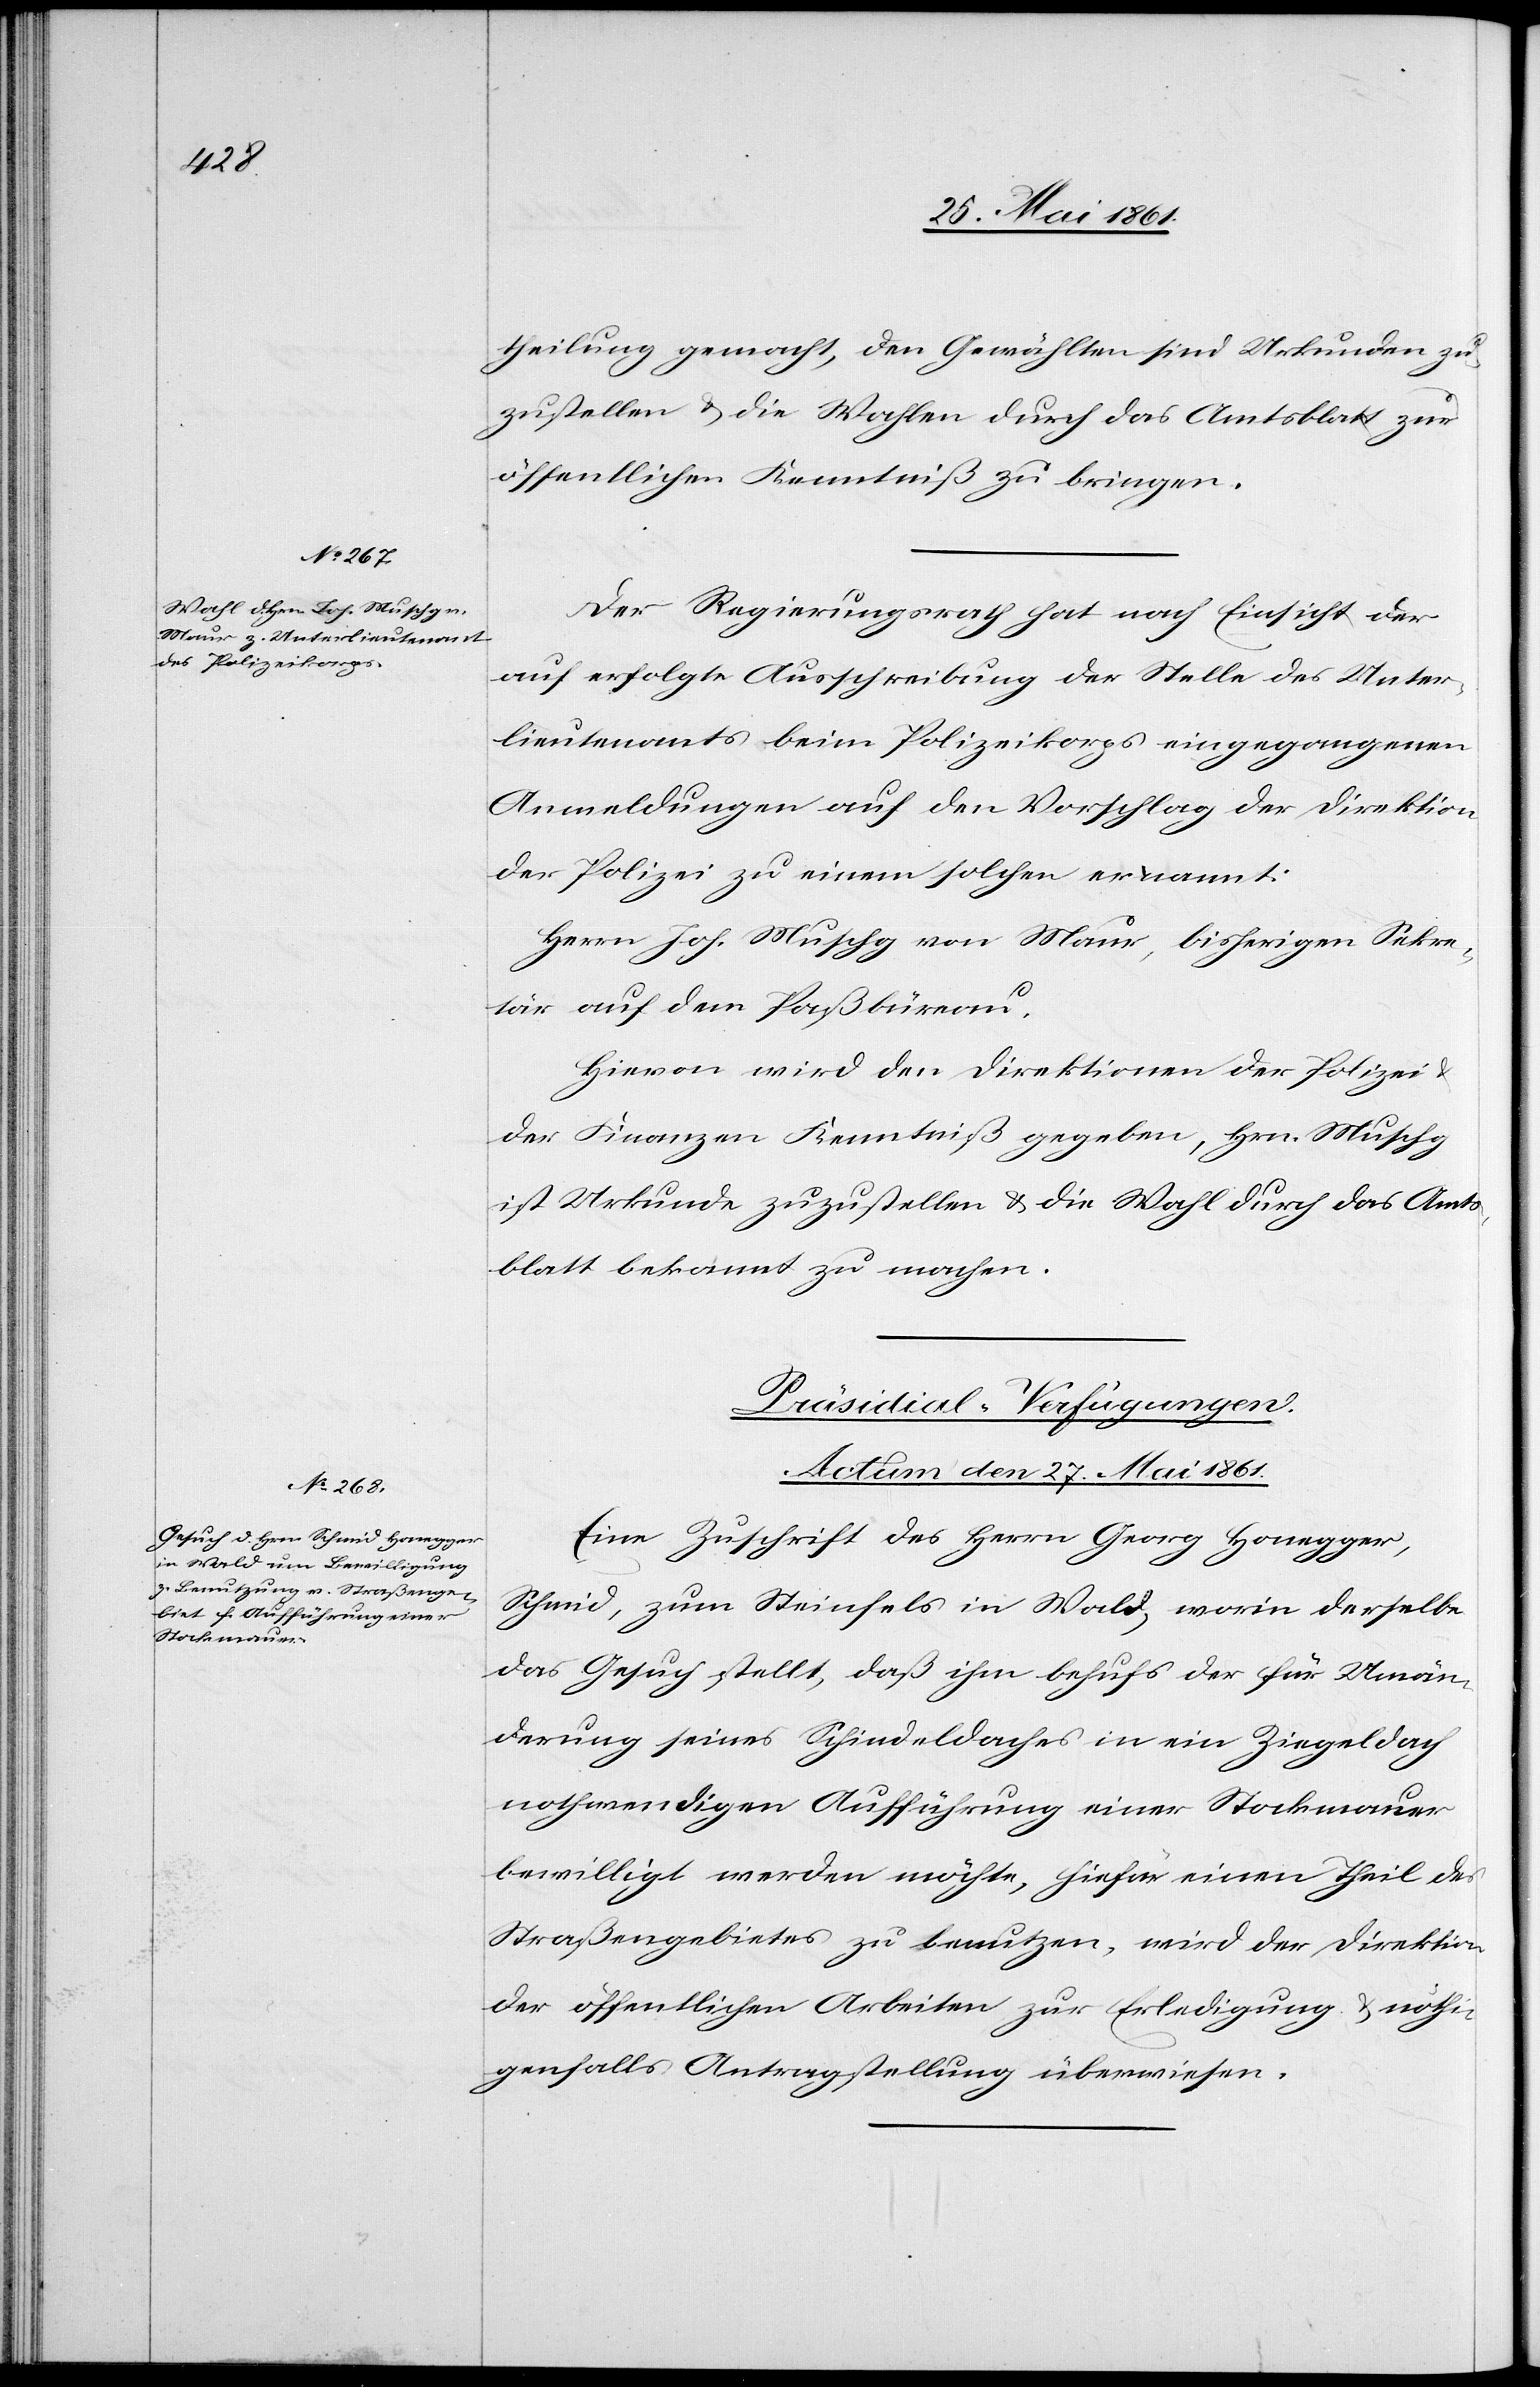
theilung gemacht, den Gewählten sind Urkunden zu¬
zustellen u. die Wahlen durch das Amtsblatt zur
öffentlichen Kenntniß zu bringen.
Der Regierungsrath hat nach Einsicht der
auf erfolgte Ausschreibung der Stelle des Unter¬
lieutenants beim Polizeikorps eingegangenen
Anmeldungen auf den Vorschlag der Direktion
der Polizei zu einem solchen ernannt:
Herrn Joh. Muschg von Maur, bisherigen Sekre¬
tär auf dem Paßbüreau.
Hievon wird den Direktionen der Polizei u.
der Finanzen Kenntniß gegeben, Hrn. Muschg
ist Urkunde zuzustellen u. die Wahl durch das Amts¬
blatt bekannt zu machen.
Präsidial-Verfügungen.
Actum den 27. Mai 1861.
Eine Zuschrift des Herrn Georg Honegger,
Schmid, zum Steinfels in Wald, worin derselbe
das Gesuch stellt, daß ihm behufs der für Umän¬
derung seines Schindeldaches in ein Ziegeldach
nothwendigen Aufführung einer Stockmauer
bewilligt werden möchte, hiefür einen Theil des
Straßengebietes zu benutzen, wird der Direktion
der öffentlichen Arbeiten zur Erledigung u. nöthi¬
genfalls Antragstellung überwiesen.